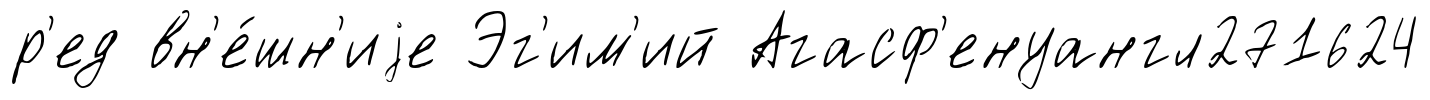
р'ед вн'е́шн'иjе Эг'им'ий Агасф'енуангл271624